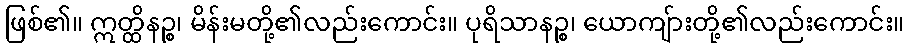
ဖြစ်၏။ ဣတ္ထိနဉ္စ၊ မိန်းမတို့၏လည်းကောင်း။ ပုရိသာနဉ္စ၊ ယောကျ်ားတို့၏လည်းကောင်း။